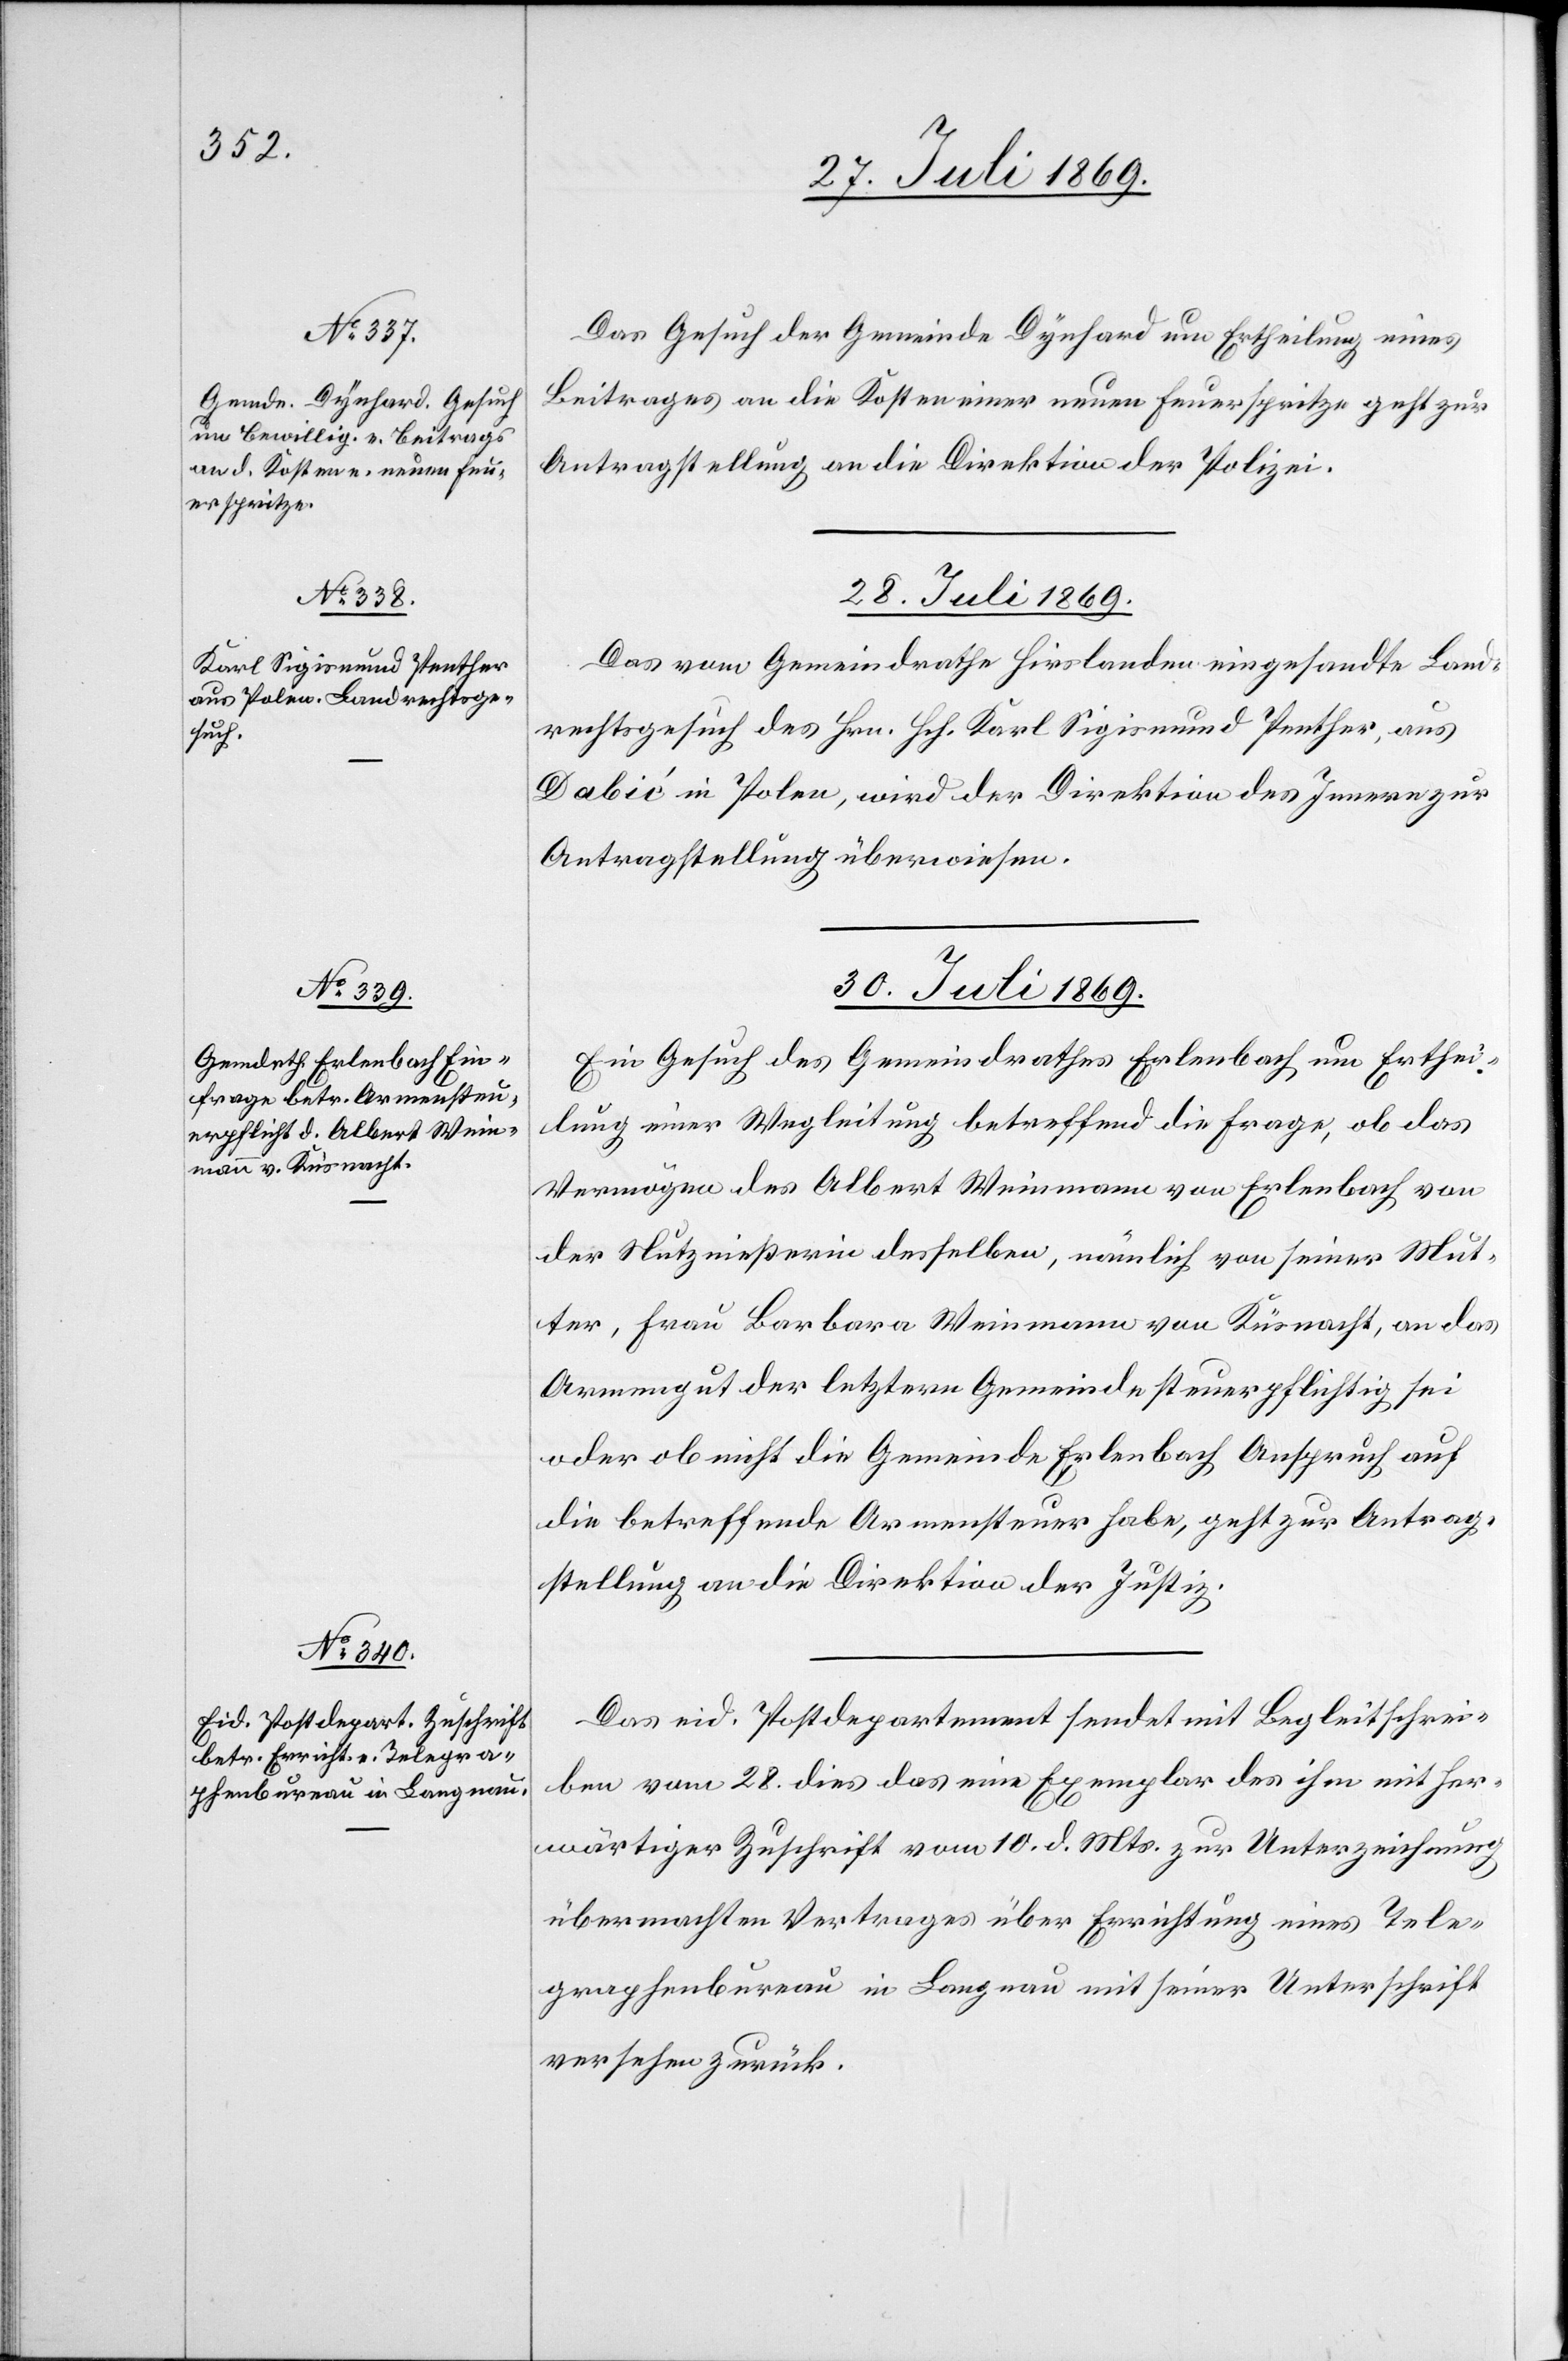
27. Juli 1869.]
Das Gesuch der Gemeinde Dynhard um Ertheilung eines
Beitrages an die Kosten einer neuen Feuerspritze geht zur
Antragstellung an die Direktion der Polizei.
28. Juli 1869.
Das vom Gemeindrathe Hirslanden eingesandte Land¬
rechtsgesuch des Hrn. Hch. Karl Sigismund Penther, aus
Dabic in Polen, wird der Direktion des Innern zur
Antragstellung überwiesen.
30. Juli 1869.]
Ein Gesuch des Gemeindrathes Erlenbach um Erthei¬
lung einer Wegleitung betreffend die Frage, ob das
Vermögen des Albert Weinmann von Erlenbach von
der Nutznießerin desselben, nämlich von seiner Mut¬
ter, Frau Barbara Weinmann von Küsnacht, an das
Armengut der letztern Gemeindesteuerpflichtig sei
oder ob nicht die Gemeinde Erlenbach Anspruch auf
die betreffende Armensteuer habe, geht zur Antrag¬
stellung an die Direktion der Justiz.
Das eid. Postdepartement sendet mit Begleitschri¬
ft vom 28. dies das eine Exemplar des ihm mit her¬
wärtiger Zuschrift vom 10. d. Mts. zur Unterzeichnung
übermachten Vertrages über Errichtung eines Tele¬
graphenbureau in Langnau mit seiner Unterschrift
versehen zurück.